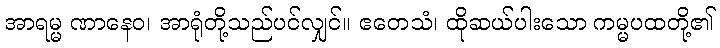
အာရမ္မ ဏာနေဝ၊ အာရုံတို့သည်ပင်လျှင်။ ဧတေသံ၊ ထိုဆယ်ပါးသော ကမ္မပထတို့၏